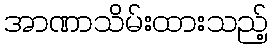
အာဏာသိမ်းထားသည့်